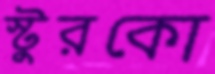
স্টুরকো